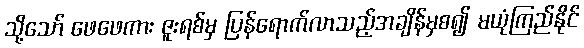
သို့သော် ဖေဖေကား ဇူးရစ်မှ ပြန်ရောက်လာသည့်အချိန်မှစ၍ မယုံကြည်နိုင်